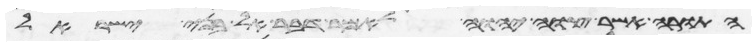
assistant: התורה אשר צוה יהוה לאמר דבר אל בני ישראל